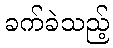
ခက်ခဲသည့်